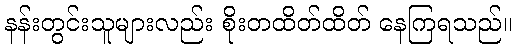
နန်းတွင်းသူများလည်း စိုးတထိတ်ထိတ် နေကြရသည်။